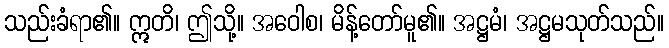
သည်းခံရာ၏။ ဣတိ၊ ဤသို့။ အဝေါစ၊ မိန့်တော်မူ၏။ အဋ္ဌမံ၊ အဋ္ဌမသုတ်သည်။